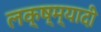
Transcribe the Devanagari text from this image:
लक्ष्म्यादी